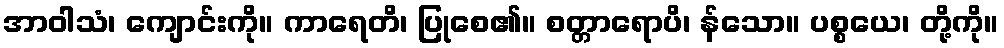
အာဝါသံ၊ ကျောင်းကို။ ကာရေတိ၊ ပြုစေ၏။ စတ္တာရောပိ၊ န်သော။ ပစ္စယေ၊ တို့ကို။